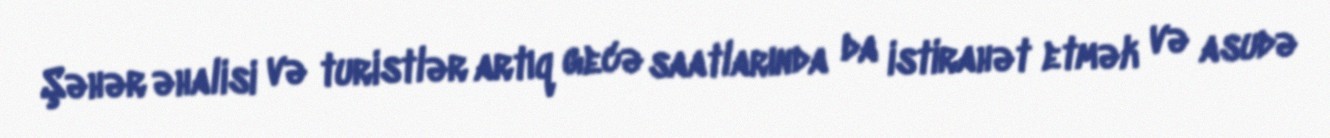
Şəhər əhalisi və turistlər artıq gecə saatlarında da istirahət etmək və asudə